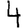
Digit: 4